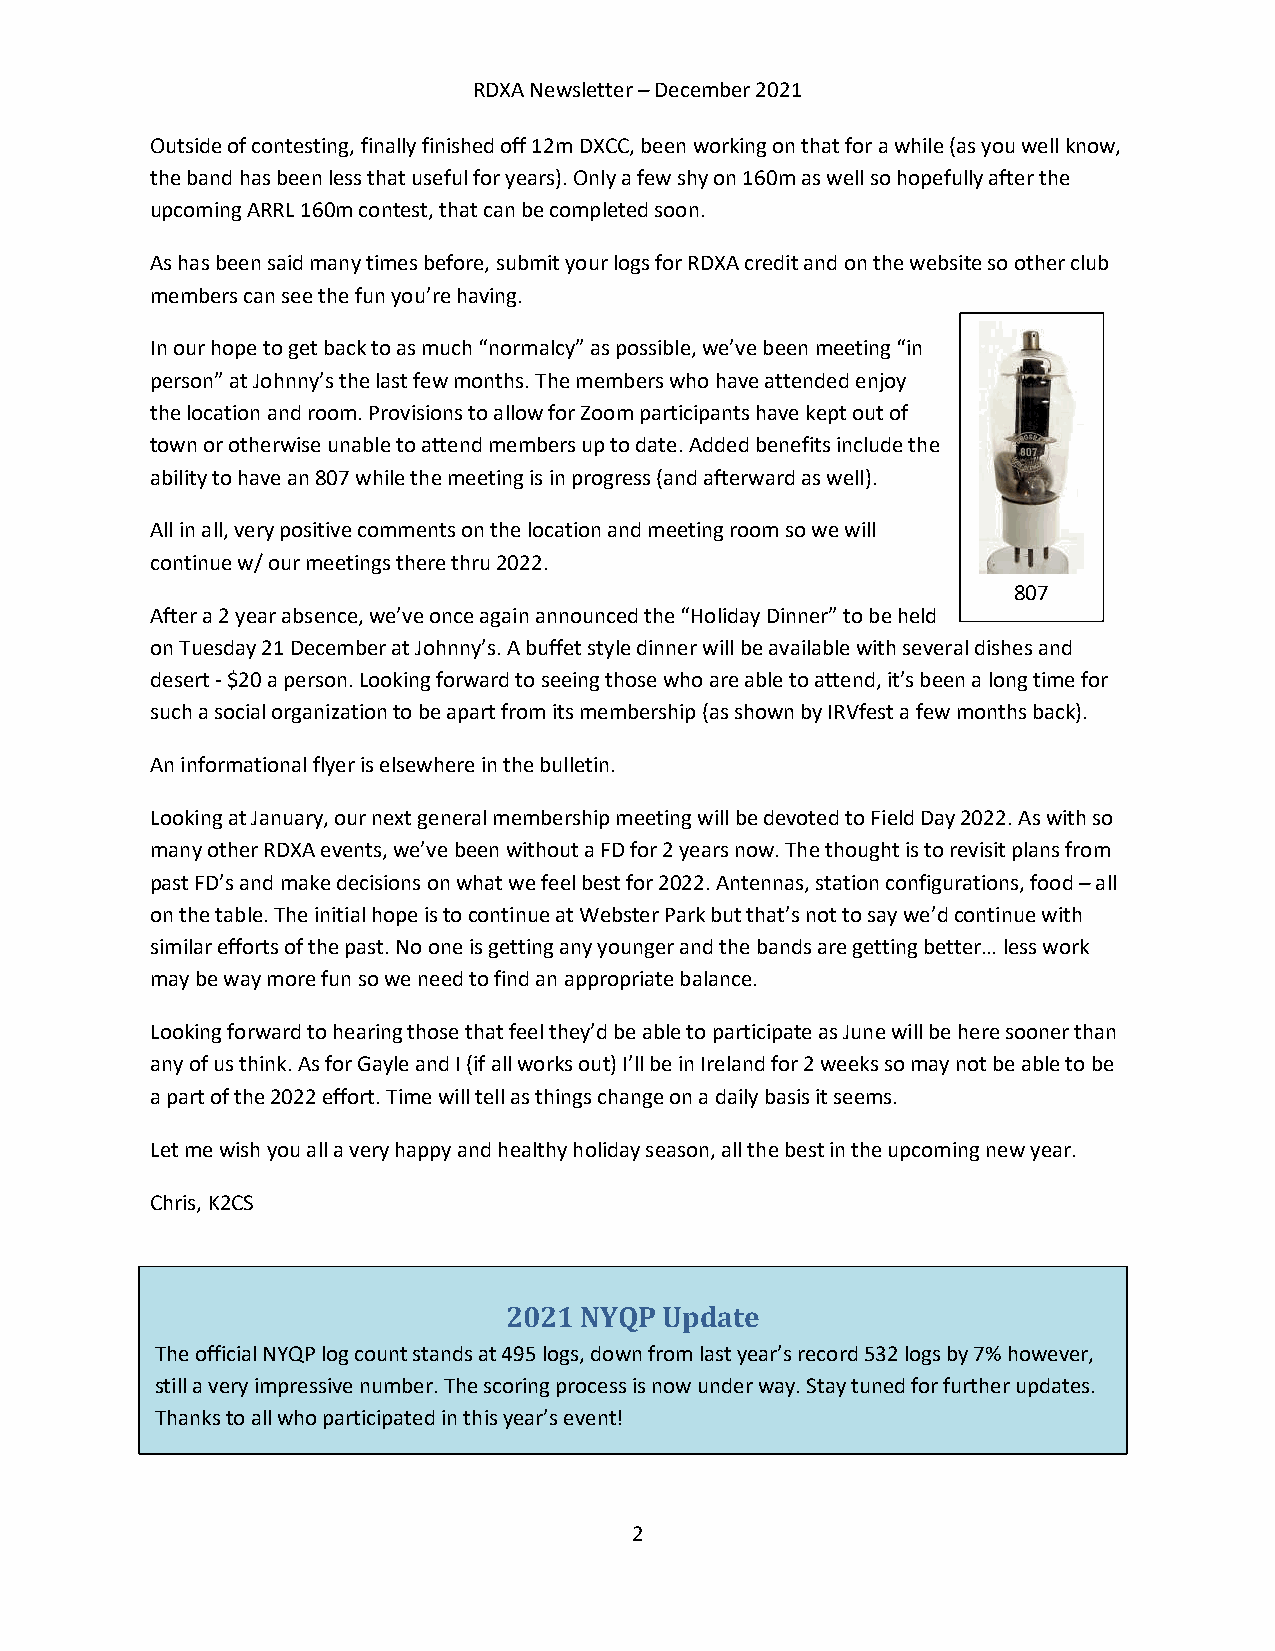
RDXA Newsletter – December 2021
 Outside of contesting, finally finished off 12m DXCC, been working on that for a while (as you well know,
 the band has been less that useful for years). Only a few shy on 160m as well so hopefully after the
 upcoming ARRL 160m contest, that can be completed soon.
 As has been said many times before, submit your logs for RDXA credit and on the website so other club
 members can see the fun you’re having.
 In our hope to get back to as much “normalcy” as possible, we’ve been meeting “in
 person” at Johnny’s the last few months. The members who have attended enjoy
 the location and room. Provisions to allow for Zoom participants have kept out of
 town or otherwise unable to attend members up to date. Added benefits include the
 ability to have an 807 while the meeting is in progress (and afterward as well).
 All in all, very positive comments on the location and meeting room so we will
 continue w/ our meetings there thru 2022.
 807
 After a 2 year absence, we’ve once again announced the “Holiday Dinner” to be held
 on Tuesday 21 December at Johnny’s. A buffet style dinner will be available with several dishes and
 desert - $20 a person. Looking forward to seeing those who are able to attend, it’s been a long time for
 such a social organization to be apart from its membership (as shown by IRVfest a few months back).
 An informational flyer is elsewhere in the bulletin.
 Looking at January, our next general membership meeting will be devoted to Field Day 2022. As with so
 many other RDXA events, we’ve been without a FD for 2 years now. The thought is to revisit plans from
 past FD’s and make decisions on what we feel best for 2022. Antennas, station configurations, food – all
 on the table. The initial hope is to continue at Webster Park but that’s not to say we’d continue with
 similar efforts of the past. No one is getting any younger and the bands are getting better… less work
 may be way more fun so we need to find an appropriate balance.
 Looking forward to hearing those that feel they’d be able to participate as June will be here sooner than
 any of us think. As for Gayle and I (if all works out) I’ll be in Ireland for 2 weeks so may not be able to be
 a part of the 2022 effort. Time will tell as things change on a daily basis it seems.
 Let me wish you all a very happy and healthy holiday season, all the best in the upcoming new year.
 Chris, K2CS
 2021 NYQP  Update
 The official NYQP log count stands at 495 logs, down from last year’s record 532 logs by 7% however,
 still a very impressive number. The scoring process is now under way. Stay tuned for further updates.
 Thanks to all who participated in this year’s event!
 2